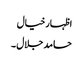
اظہارخیال
حامد جلال ۔